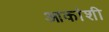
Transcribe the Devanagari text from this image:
आकांशी